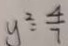
y ^ { 2 } = \frac { 4 } { 7 }